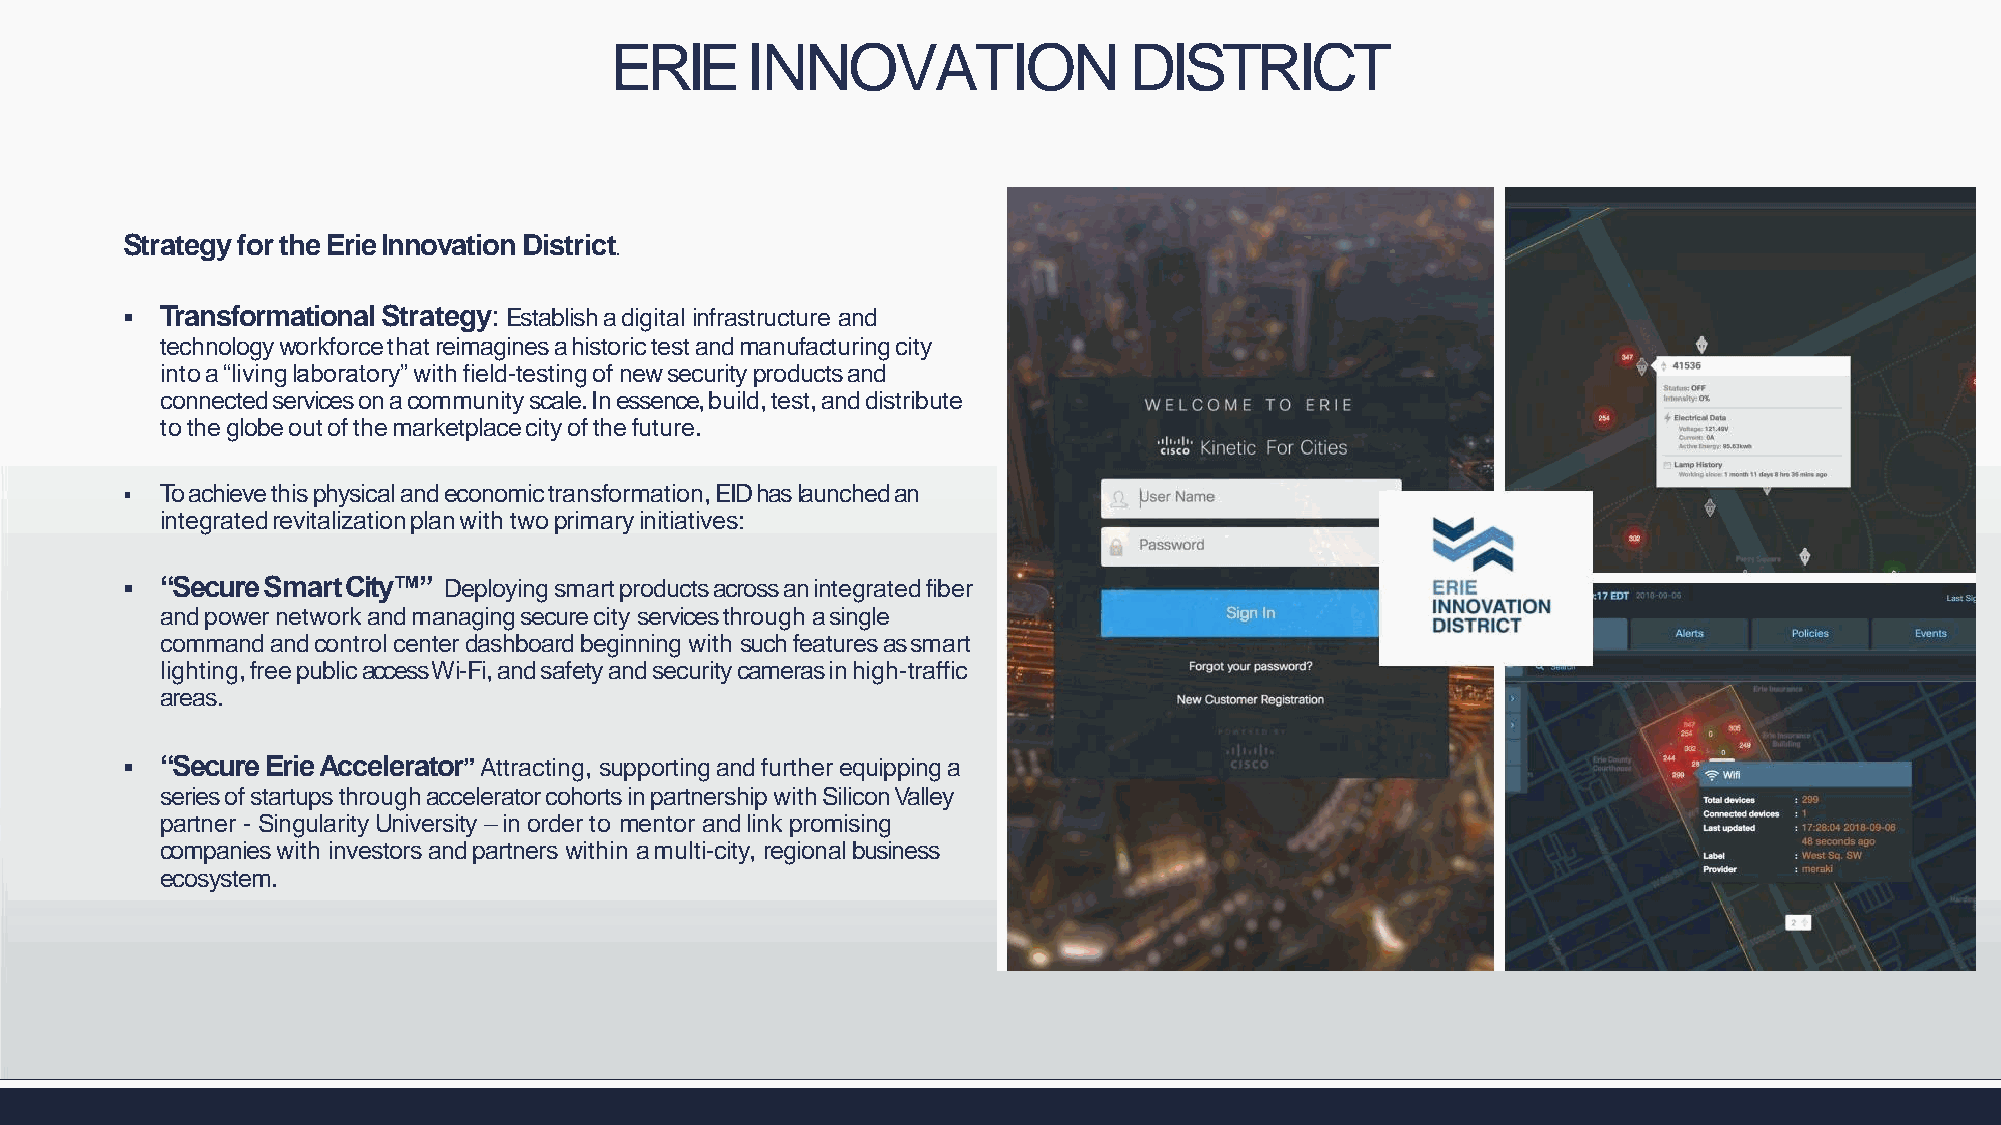
ERIE     INNOVATION                DISTRICT
 StrategyfortheErieInnovationDistrict.
   Transformational Strategy: Establish a digital infrastructure and
 technologyworkforcethatreimaginesahistorictestandmanufacturingcity
 intoa“livinglaboratory”withfield-testingofnewsecurityproductsand
 connectedservicesonacommunityscale.Inessence,build,test,anddistribute
 totheglobeoutofthemarketplacecityofthefuture.
   Toachievethisphysicalandeconomictransformation,EID has launchedan
 integratedrevitalizationplanwithtwoprimaryinitiatives:
   “SecureSmartCity™” Deployingsmartproductsacrossanintegratedfiber
 and power network and managing secure city services through a single
 command and control center dashboard beginning with such features as smart
 lighting,freepublicaccessWi-Fi,andsafetyandsecuritycamerasinhigh-traffic
 areas.
   “Secure Erie Accelerator” Attracting, supporting and further equipping a
 seriesofstartupsthroughacceleratorcohortsinpartnershipwithSiliconValley
 partner - Singularity University –in order to mentor and link promising
 companies with investors and partners within a multi-city, regional business
 ecosystem.